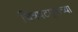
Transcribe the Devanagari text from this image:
चित्रपटगृहाच्या